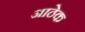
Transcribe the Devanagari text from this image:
आठेक